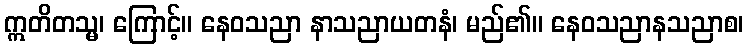
ဣတိတသ္မ၊ ကြောင့်။ နေဝသညာ နာသညာယတနံ၊ မည်၏။ နေဝသညာနသညာစ၊